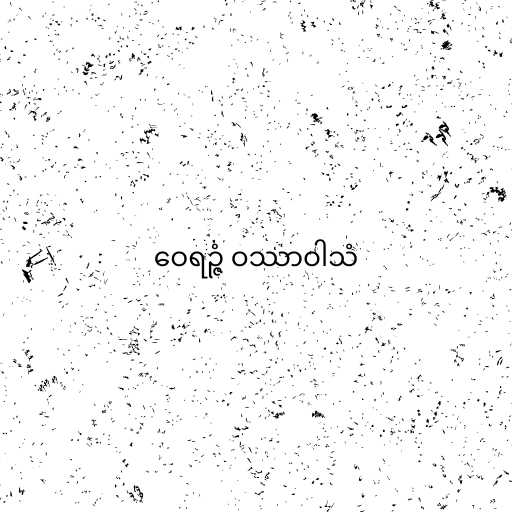
ဝေရဉ္ဇံ ဝဿာဝါသံ